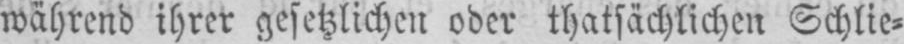
während ihrer gesetzlichen oder thatsächlichen Schlie⸗